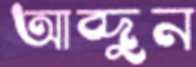
আব্দুন